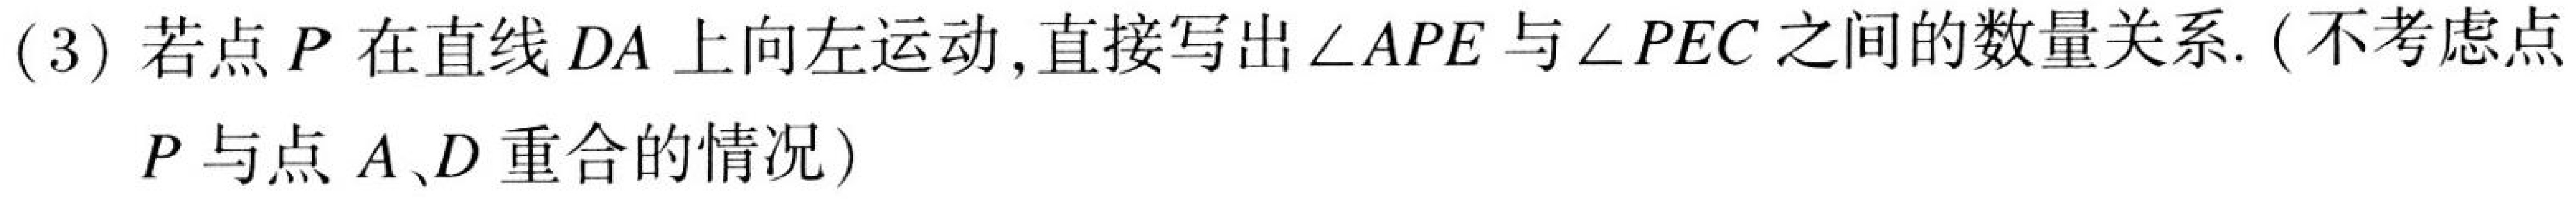
(3) 若点$P$在直线$DA$上向左运动,直接写出$\angle APE$与$\angle PEC$之间的数量关系. (不考虑点
$P$与点$A、D$重合的情况)